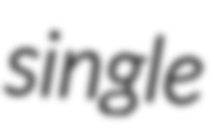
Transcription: single